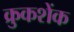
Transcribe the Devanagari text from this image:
क्रुकशेंक